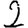
Digit: 2